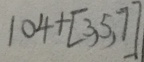
1 0 4 + [ 3 , 5 , 7 ]